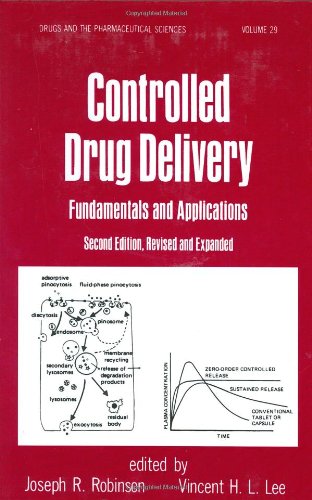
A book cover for Controlled Drug Delivery: Fundamentals and Applications, Second Edition (Drugs and the Pharmaceutical Sciences); Medical Books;